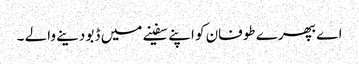
اے بھپرے طوفان کو اپنے سفینے میں ڈبو دینے والے ۔